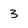
Character: 3